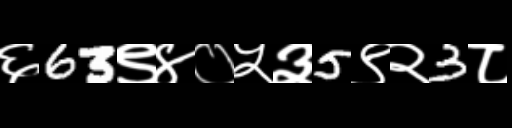
Text: ६63९४०५३5९२3८